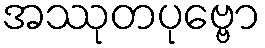
အဿုတပုဗ္ဗော